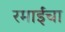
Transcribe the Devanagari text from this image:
रमाईंचा